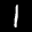
Label: 1